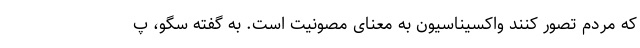
که مردم تصور کنند واکسیناسیون به معنای مصونیت است. به گفته سگو، پ